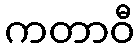
ကတာဝီ